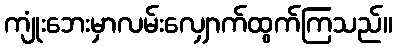
ကျုံးဘေးမှာလမ်းလျှောက်ထွက်ကြသည်။